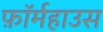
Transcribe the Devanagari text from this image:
फ़ॉर्महाउस